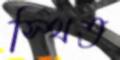
স্থিত